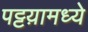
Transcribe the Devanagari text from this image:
पट्टय़ामध्ये